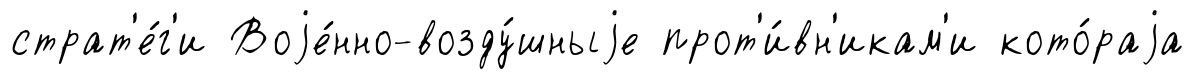
страт'е́г'и Воjе́нно-возду́шныjе прот'и́вн'икам'и кото́раjа